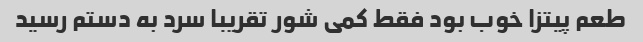
طعم پیتزا خوب بود فقط کمی شور تقریبا سرد به دستم رسید